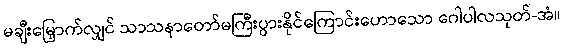
မချီးမြှောက်လျှင် သာသနာတော်မကြီးပွားနိုင်ကြောင်းဟောသော ဂေါပါလသုတ်-အံ။